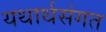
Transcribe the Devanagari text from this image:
यथार्थसंगत